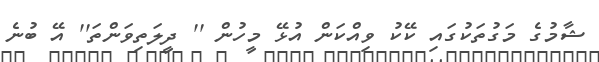
ޝާމުގެ މަގުތަކުގައި ކޭކު ވިއްކަން އުޅޭ މީހުން '' ދީލަތިވަންތަ'' އޭ ބުނެ